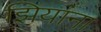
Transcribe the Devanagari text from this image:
झियांना